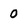
Character: 0